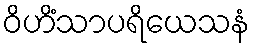
ဝိဟိံသာပရိယေသနံ